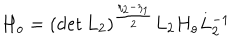
LaTeX: H _ { o } = ( \det L _ { 2 } ) ^ { \frac { \eta _ { 2 } - \eta _ { 1 } } { 2 } } L _ { 2 } H _ { o } L _ { 2 } ^ { - 1 }